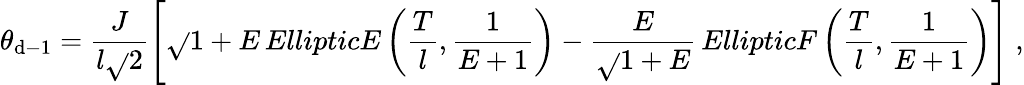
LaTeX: \theta_{\mathrm{d}-1}=\frac{{J}}{{l\sqrt{}{{2}}}}\left[\sqrt{}{{1+E}}\, EllipticE\left(\frac{{T}}{{l}},\frac{{1}}{{E+1}}\right)-\frac{{E}}{{\sqrt{}{{1+E}}}}\, EllipticF\left(\frac{{T}}{{l}},\frac{{1}}{{E+1}}\right)\right]\; ,